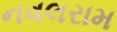
નવલરામ